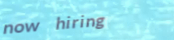
now hiring